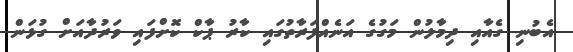
އެބުނި ގެއާއި ދިމާލުން މަގުގެ އަނެއްފަރާތުގައި ކާރު ޕާކް ކޮށްފައި ވަރުދާއަށް ގުޅަން